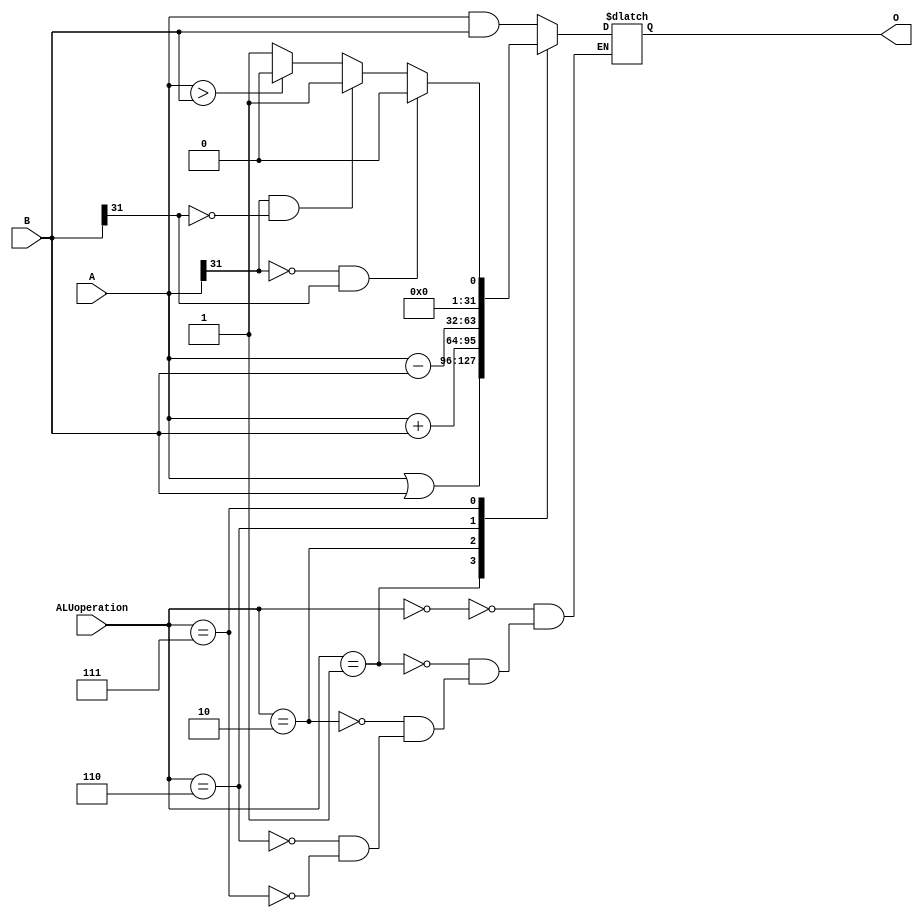
module ALU(input [31:0]A,B,input [2:0]ALUoperation,output reg [31:0]O);
  always@(ALUoperation,A,B) begin
    case(ALUoperation)
    3'b000: O = A & B;
    3'b001: O = A | B;
    3'b010: O = A + B;
    3'b110: O = A - B;
    3'b111: begin
      if(A[31] == 1'b0 && B[31] == 1'b1) O = 8'h00000000;
      else if(A[31] == 1'b1 && B[31] == 1'b0) O = 8'h00000001;
     	else O = (A > B)? 8'h00000000 : 8'h00000001;
    end
    endcase
  end
endmodule